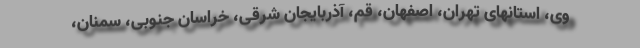
وی، استانهای تهران، اصفهان، قم، آذربایجان شرقی، خراسان جنوبی، سمنان،